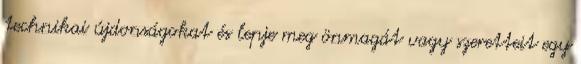
technikai újdonságokat és lepje meg önmagát vagy szeretteit egy